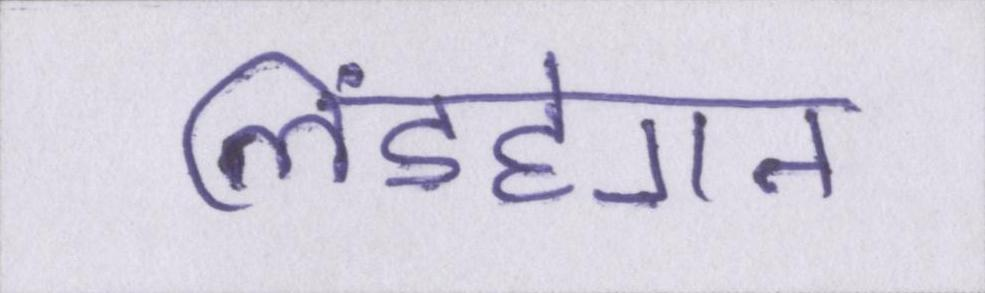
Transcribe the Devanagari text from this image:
लिंडहेगन